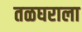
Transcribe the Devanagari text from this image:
तळघराला